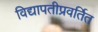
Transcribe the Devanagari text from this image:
विद्यापतीप्रवर्तित